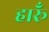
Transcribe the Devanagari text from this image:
हारूँ